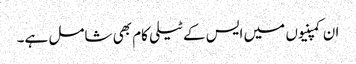
ان کمپنیوں میں ایس کے ٹیلی کام بھی شامل ہے۔